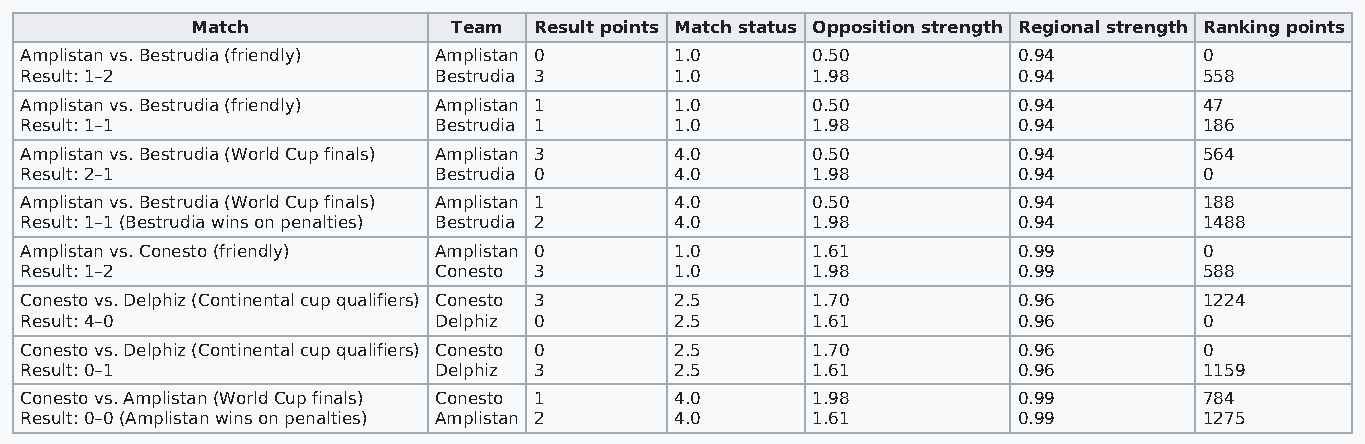
Match            Team Result points Match status Opposition strength Regional strength Ranking points
 Amplistan vs. Bestrudia (friendly) Amplistan 0 1.0   0.50         0.94         0
 Result: 1–2                 Bestrudia 3     1.0      1.98         0.94         558
 Amplistan vs. Bestrudia (friendly) Amplistan 1 1.0   0.50         0.94         47
 Result: 1–1                 Bestrudia 1     1.0      1.98         0.94         186
 Amplistan vs. Bestrudia (World Cup finals) Amplistan 3 4.0 0.50   0.94         564
 Result: 2–1                 Bestrudia 0     4.0      1.98         0.94         0
 Amplistan vs. Bestrudia (World Cup finals) Amplistan 1 4.0 0.50   0.94         188
 Result: 1–1 (Bestrudia wins on penalties) Bestrudia 2 4.0 1.98    0.94         1488
 Amplistan vs. Conesto (friendly) Amplistan 0 1.0     1.61         0.99         0
 Result: 1–2                 Conesto 3       1.0      1.98         0.99         588
 Conesto vs. Delphiz (Continental cup qualifiers) Conesto 3 2.5 1.70 0.96       1224
 Result: 4–0                 Delphiz 0       2.5      1.61         0.96         0
 Conesto vs. Delphiz (Continental cup qualifiers) Conesto 0 2.5 1.70 0.96       0
 Result: 0–1                 Delphiz 3       2.5      1.61         0.96         1159
 Conesto vs. Amplistan (World Cup finals) Conesto 1 4.0 1.98       0.99         784
 Result: 0–0 (Amplistan wins on penalties) Amplistan 2 4.0 1.61    0.99         1275